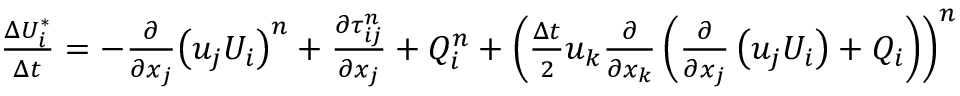
\begin{array} { r } { \frac { \Delta U _ { i } ^ { * } } { \Delta t } = - \frac { \partial } { \partial { { x } _ { j } } } { { \left( { { u } _ { j } } { { U } _ { i } } \right) } ^ { n } } + \frac { \partial \tau _ { i j } ^ { n } } { \partial { { x } _ { j } } } + Q _ { i } ^ { n } + { { \left( \frac { \Delta t } { 2 } { { u } _ { k } } \frac { \partial } { \partial { { x } _ { k } } } \left( \frac { \partial } { \partial { { x } _ { j } } } \left( { { u } _ { j } } { { U } _ { i } } \right) + { { Q } _ { i } } \right) \right) } ^ { n } } } \end{array}